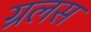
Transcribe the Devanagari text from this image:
ग्रलस